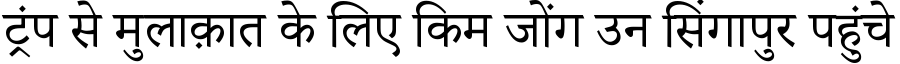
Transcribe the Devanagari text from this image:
ट्रंप से मुलाक़ात के लिए किम जोंग उन सिंगापुर पहुंचे